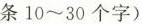
条10~30个字)